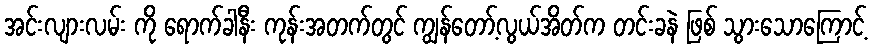
အင်းလျားလမ်း ကို ရောက်ခါနီး ကုန်းအတက်တွင် ကျွန်တော့်လွယ်အိတ်က တင်းခနဲ ဖြစ် သွားသောကြောင့်